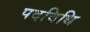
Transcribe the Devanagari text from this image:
पदविधि